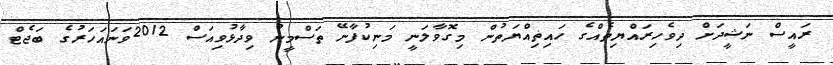
ރައީސް ނަޝީދަށް ދިވެހިރައްޔިތެއްގެ ހައިޡިއްޔަތުން މިގޮވާލަނީ މަނިކުފާނޭ ތަސްމީނު ވިދާޅުވިއަސް 2012ވަނައަހަރުގެ ބަޖެޓް